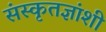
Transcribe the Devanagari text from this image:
संस्कृतज्ञांशी